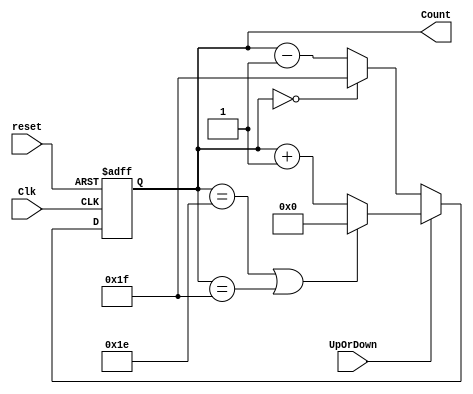
// 5 bit up-down synchronous counter
module upordown_counter(
    Clk,
    reset,
    UpOrDown,  //high for UP counter and low for Down counter
    Count
    );

    
    //input ports and their sizes
    input Clk,reset,UpOrDown;
    //output ports and their size
    output [4 : 0] Count;
    //Internal variables
    reg [4 : 0] Count = 0;   
    //output reg[4:0] occupancy;
     always @(posedge(Clk) or posedge(reset))
     begin
        if(reset == 1) begin 
            Count <= 0;
           
        end else begin    
            if(UpOrDown == 1) begin   //Up mode selected
                if(Count == 30 | Count == 31 ) begin
           
		    Count <= 0;   
                end else begin
                    Count <= Count + 1; //Incremend Counter
	   
		    end
		end else begin  //Down mode selected
                if(Count == 0) begin
                    Count <= 31;
		   
				
                end else begin
                    Count <= Count - 1; //Decrement counter
			

     end    
end
end
end 


endmodule